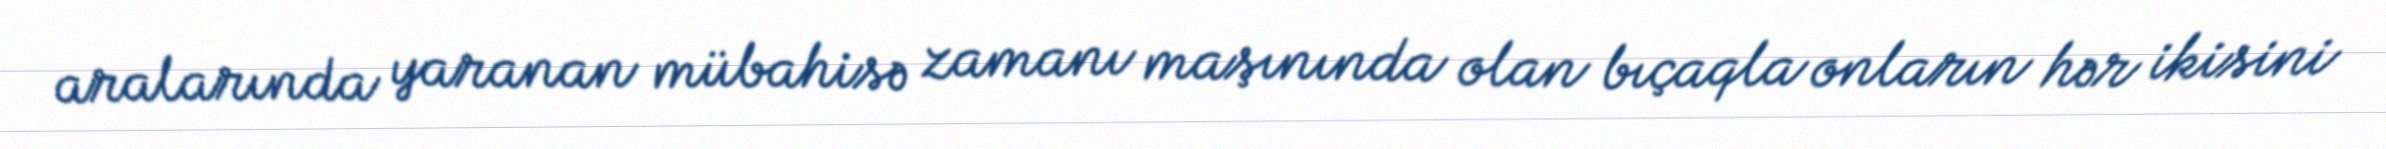
aralarında yaranan mübahisə zamanı maşınında olan bıçaqla onların hər ikisini